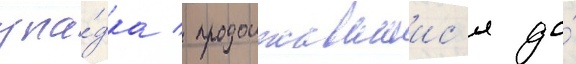
упа́дка / продолжавшиис'я до́